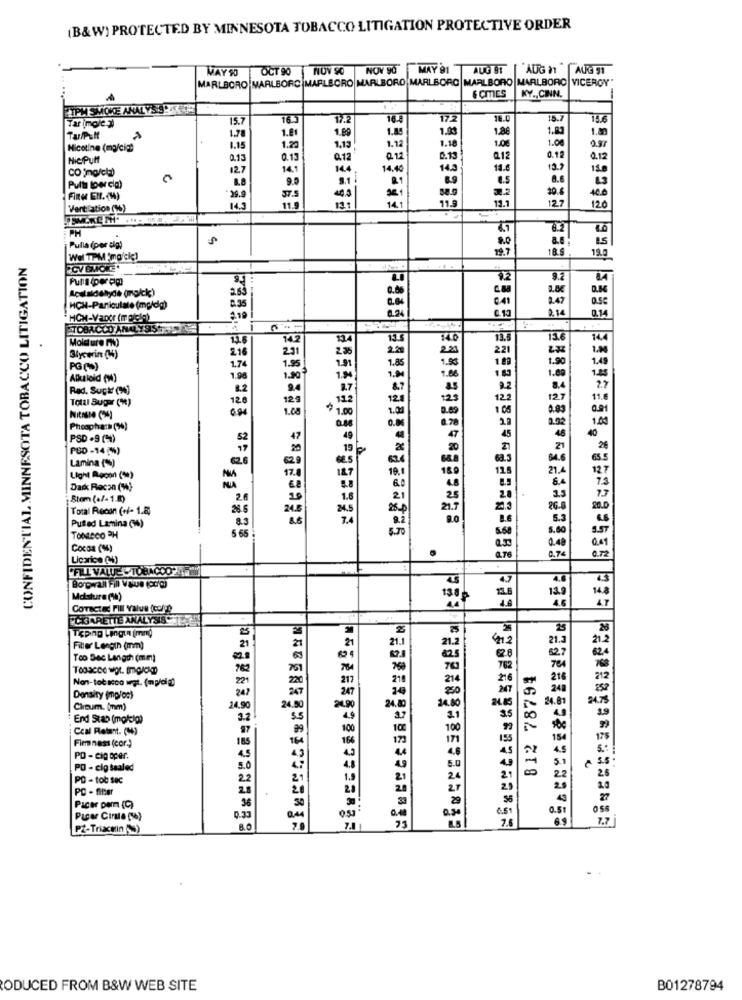
(B&W) PROTECTED BY MINNESOTA TOBACCO LITIGATION PROTECTIVE ORDER
MAY 90
OCT 90 NOV 50 NOV 90
MAY 91 AUG BT
AUG 11
AUG 91
MARLBORO MARLBORO MARLBORO MARLBORO MARLBORO MARLBORO MARLBORO VICEROY"
& CMES
KY ., CINN.
ETPM SMOKE ANALYSIS TROR
Tar imple
15.7
16.3
17.2
16.9
17.2
18.0
18.7
15.6
1.81
1.85
1.03
1.8€
1.20
1.78
1.20
1.89
1.12
1.18
140€
1.00
0.97
Nicotine (mg/cic))
1.15
1,13
Nie Puff
0.13
0.13
Q.12
@ 12
0.1
Q.12
0.12
0.12
12.7
14.1
144
14.40
14.3
18.6
12.9
9.0
2.1
8.9
8.6
43
Pult (por cia)
8.8
1.2
30.6
40.0
Fine EN. (1)
39.9
ST.5
13.1
12.7
120
Ventilation (1%)
14.3
11.9
13:
14.1
11.9
Pulla (por cig)
18.8
CONFIDENTIAL MINNESOTA TOBACCO LITIGATION
Wel TPM 'ma/cię)
12.0
Leslaidanyde (mack)
2.47
HCH-Particulate (mg/dlg)
HCH-Vapor (mpiele)
014
TOBACCO ANALYSIS TIL
Moidure PN)
13.
144
216
221
Glycerin (14)
1.74
1.8
1.83
1.9
1.45
PO ()
Alkaloid (W)
1.90
1.9
1.0
Red. Super (w)
8.2
22
2.7
Total Super (1)
120
12
112
120
122
127
11.
1.08
$ 1.00
1.0
1.08
0.83
2.9
1.00
Phosphate (9%)
0.0
292
40
PSD .9 (4)
45
PSD -14 (%)
19
21
20
Lamina (*%)
21.4
127
Light Recon ( ** )
17.
7.3
Das Recon (W)-
NIA
Slam (+/-1.1)
13
Total Recon (+/- 1.8)
26.
20.0
8.3
5.3
Puffed Lamina (4)
5 65
SST
TOMACO PH
Cocoa (M)
0.72
Licorice (44)
4.76
0.7
PFILL VALUE TOBACCO
Moisture (1%)
CoTECted FIN Value (corgo
"CIGARETTE ANALYSIS
Toping Lengua Imng
25
28
21.1
Filler Length (mm)
Too Bec Length (mm)
Togacce wor. marko
812 78794
Non-tobacco ugt. (mp/dig)
2
247
24
Density (mploc)
1,80
24.85
24.81
24.7
Choum. (nm)
24.90
24.50
24.
End Stab (mokg)
3.2
5.5
3.5
Coal Retant. (1)
97
Firmness (cor.)
185
45
PO - eig oper.
PO - cig taaled
5.0
PO - tob sec
22
PC - filter
2.8
50
Pacer perm (C)
36
0.5
Pacer Cirate (A)
0.33
7.6
7.7
PZ-Trixcein ()
80
ODUCED FROM B&W WEB SITE
B01278794